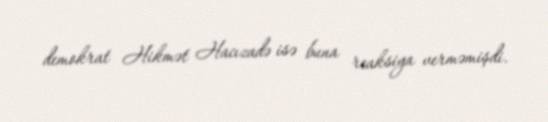
demokrat Hikmət Hacızadə isə buna reaksiya verməmişdi.